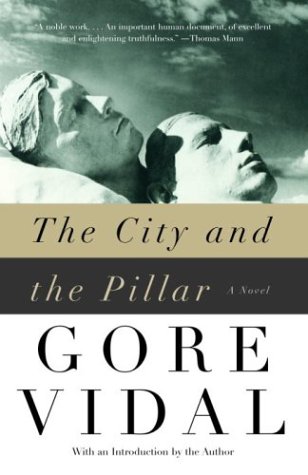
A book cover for The City and the Pillar: A Novel; Gore Vidal; Literature & Fiction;